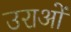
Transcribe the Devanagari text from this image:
उराओं